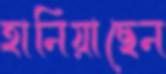
হানিয়াছেন